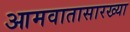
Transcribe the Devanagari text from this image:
आमवातासारख्या